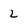
Character: 2